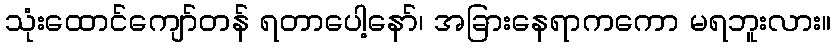
သုံးထောင်ကျော်တန် ရတာပေါ့နော်၊ အခြားနေရာကကော မရဘူးလား။